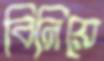
বিনিয়ে